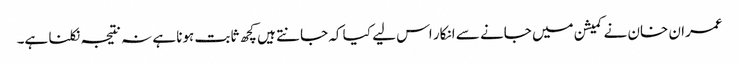
عمران خان نے کمیشن میں جانے سے انکار اس لیے کیا کہ جانتے ہیں کچھ ثابت ہونا ہے نہ نتیجہ نکلنا ہے۔